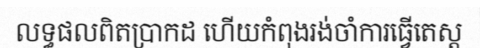
លទ្ធផលពិតប្រាកដ ហើយកំពុងរង់ចាំការធ្វើតេស្ត